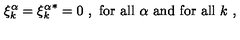
\xi _ { k } ^ { \alpha } = { \xi _ { k } ^ { \alpha } } ^ { * } = 0 \ , \mathrm { \ f o r \ a l l } \ \alpha \ \mathrm { a n d \ f o r \ a l l } \ k \ ,